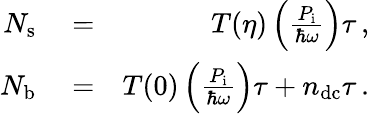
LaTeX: \begin{array}{rlr}{N_{\mathrm{s}}}&{{}=}&{T(\eta)\left(\frac{P_{\mathrm{i}}}{\hbar\omega}\right)\tau\, ,}\\ {N_{\mathrm{b}}}&{{}=}&{T(0)\left(\frac{P_{\mathrm{i}}}{\hbar\omega}\right)\tau+n_{\mathrm{dc}}\tau\, .}\end{array}